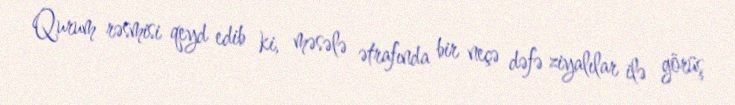
Qurum rəsmisi qeyd edib ki, məsələ ətrafında bir neçə dəfə ziyalılar ilə görüş